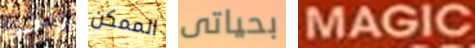
وأخيرا الممكن بحياتى MAGIC